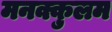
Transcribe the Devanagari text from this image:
मनक्कुलम